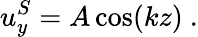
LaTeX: u_{y}^{S}=A\cos(kz)~.